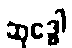
ဆုဒ္ဓေါ